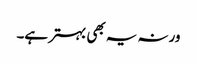
ورنہ یہ بھی بہتر ہے۔